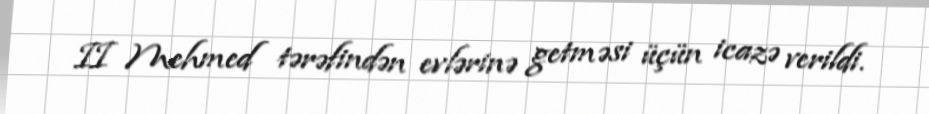
II Mehmed tərəfindən evlərinə getməsi üçün icazə verildi.